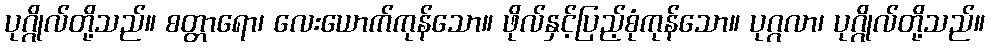
ပုဂ္ဂိုလ်တို့သည်။ စတ္တာရော၊ လေးယောက်ကုန်သော။ ဖိုလ်နှင့်ပြည့်စုံကုန်သော။ ပုဂ္ဂလာ၊ ပုဂ္ဂိုလ်တို့သည်။